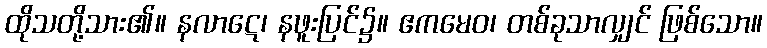
ထိုသတို့သား၏။ နလာဋေ၊ နဖူးပြင်၌။ ဧကမေဝ၊ တစ်ခုသာလျှင် ဖြစ်သော။